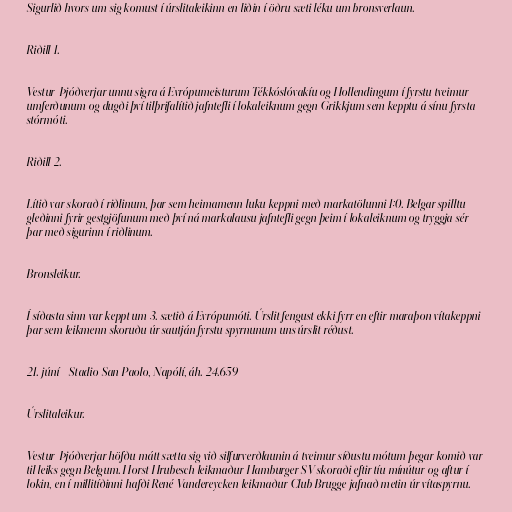
Sigurlið hvors um sig komust í úrslitaleikinn en liðin í öðru sæti léku um bronsverlaun.

Riðill 1.

Vestur-Þjóðverjar unnu sigra á Evrópumeisturum Tékkóslóvakíu og Hollendingum í fyrstu tveimur
umferðunum og dugði því tilþrifalítið jafntefli í lokaleiknum gegn Grikkjum sem kepptu á sínu fyrsta
stórmóti.

Riðill 2.

Lítið var skorað í riðlinum, þar sem heimamenn luku keppni með markatölunni 1:0. Belgar spilltu
gleðinni fyrir gestgjöfunum með því ná markalausu jafntefli gegn þeim í lokaleiknum og tryggja sér
þar með sigurinn í riðlinum.

Bronsleikur.

Í síðasta sinn var keppt um 3. sætið á Evrópumóti. Úrslit fengust ekki fyrr en eftir maraþon vítakeppni
þar sem leikmenn skoruðu úr sautján fyrstu spyrnunum uns úrslit réðust.

21. júní - Stadio San Paolo, Napólí, áh. 24.659

Úrslitaleikur.

Vestur-Þjóðverjar höfðu mátt sætta sig við silfurverðlaunin á tveimur síðustu mótum þegar komið var
til leiks gegn Belgum. Horst Hrubesch leikmaður Hamburger SV skoraði eftir tíu mínútur og aftur í
lokin, en í millitíðinni hafði René Vandereycken leikmaður Club Brugge jafnað metin úr vítaspyrnu.